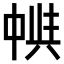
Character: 𠁵